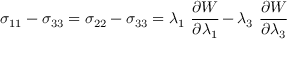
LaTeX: \sigma _ { 1 1 } - \sigma _ { 3 3 } = \sigma _ { 2 2 } - \sigma _ { 3 3 } = \lambda _ { 1 } ~ { \cfrac { \partial W } { \partial \lambda _ { 1 } } } - \lambda _ { 3 } ~ { \cfrac { \partial W } { \partial \lambda _ { 3 } } }